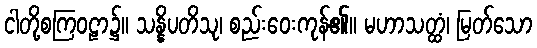
ငါတို့စကြဝဠာ၌။ သန္နိပတိသု၊ စည်းဝေးကုန်၏။ မဟာသတ္ထံ၊ မြတ်သော